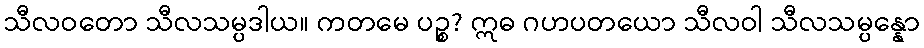
သီလဝတော သီလသမ္ပဒါယ။ ကတမေ ပဉ္စ? ဣဓ ဂဟပတယော သီလဝါ သီလသမ္ပန္နော